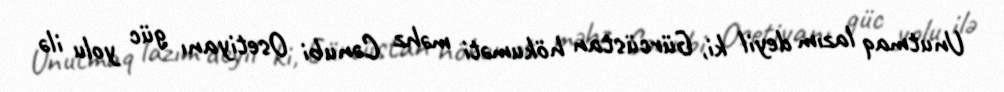
Unutmaq lazım deyil ki, Gürcüstan hökuməti məhz Cənubi Osetiyanı güc yolu ilə